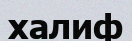
халиф